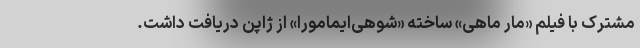
مشترک با فیلم «مار ماهی» ساخته «شوهی‌ایمامورا» از ژاپن دریافت داشت.